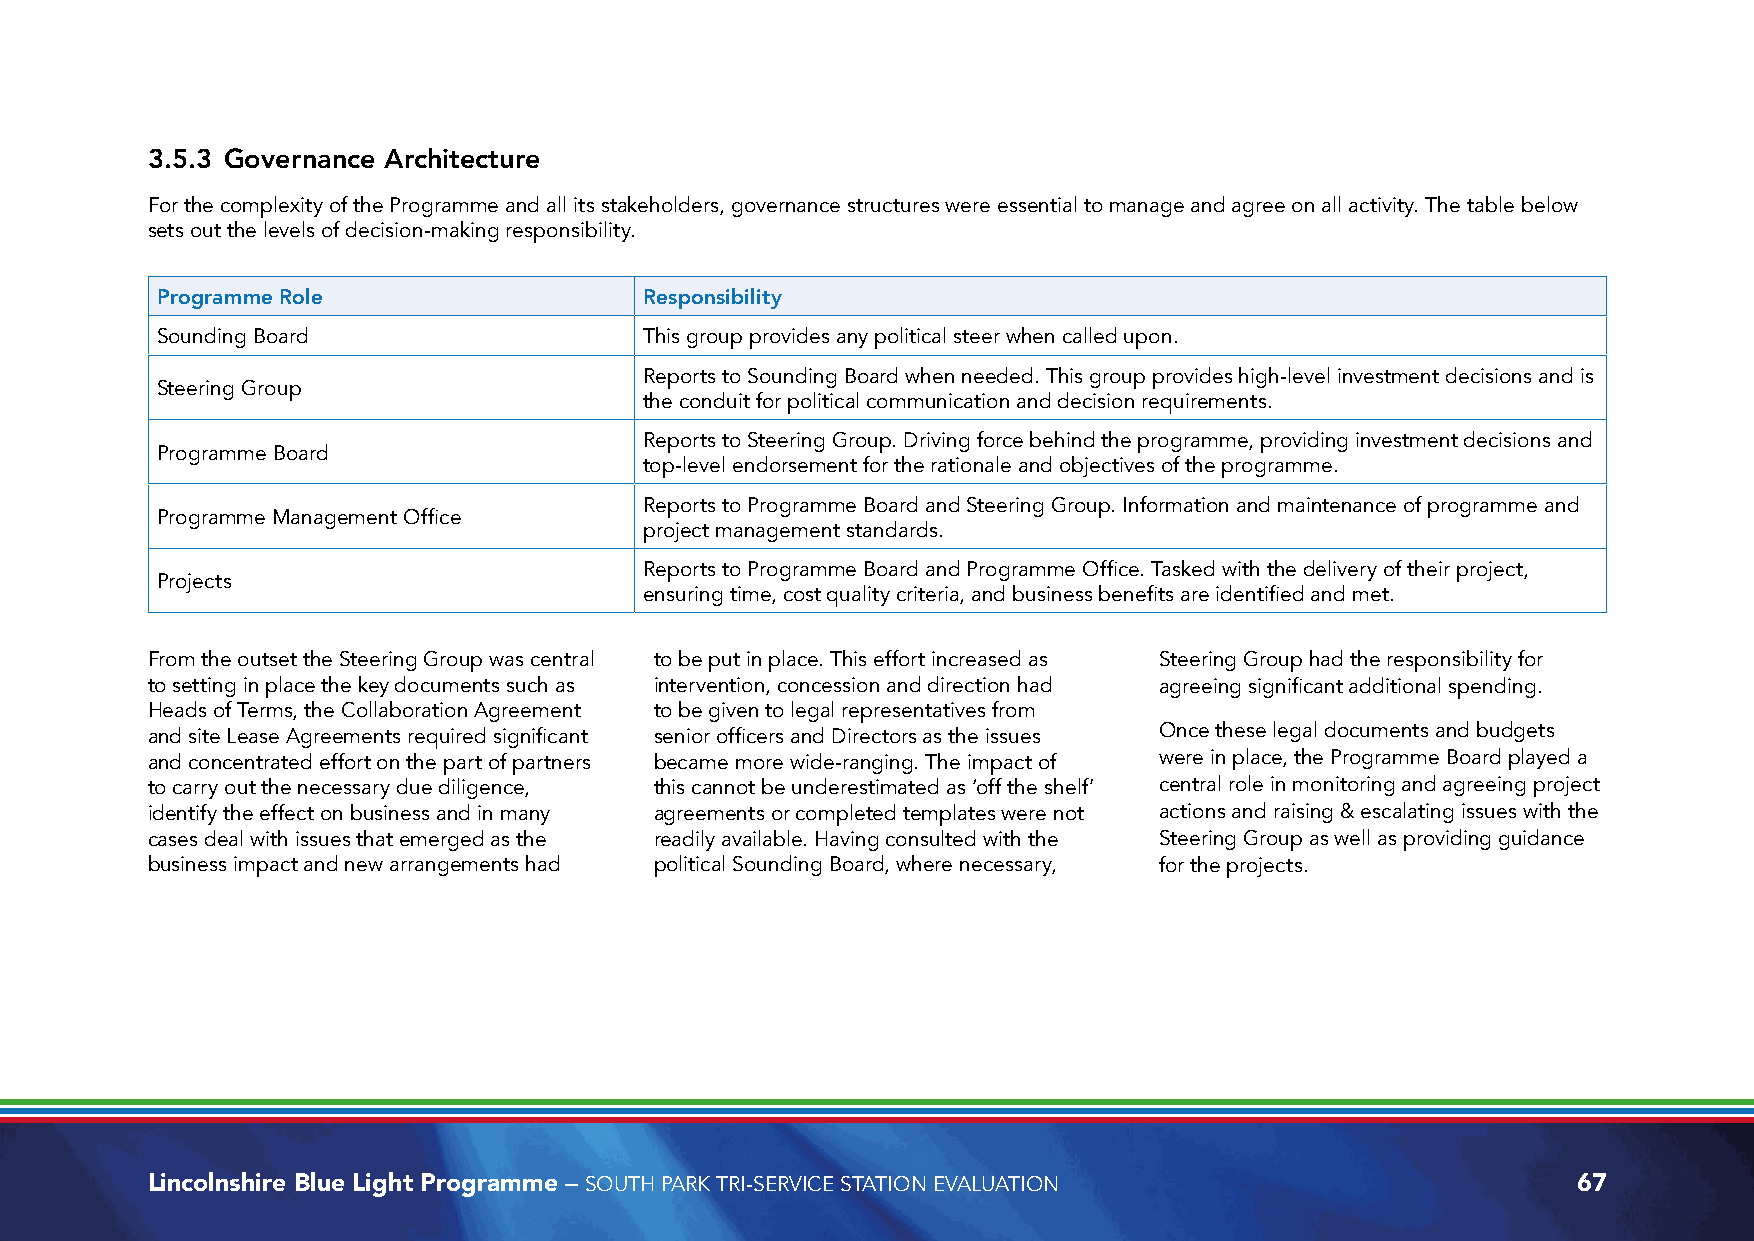
3.5.3 Governance Architecture
 For the complexity of the Programme and all its stakeholders, governance structures were essential to manage and agree on all activity. The table below
 sets out the levels of decision-making responsibility.
 Programme Role                   Responsibility
 Sounding Board                   This group provides any political steer when called upon.
 Reports to Sounding Board when needed. This group provides high-level investment decisions and is
 Steering Group
 the conduit for political communication and decision requirements.
 Reports to Steering Group. Driving force behind the programme, providing investment decisions and
 Programme Board
 top-level endorsement for the rationale and objectives of the programme.
 Reports to Programme Board and Steering Group. Information and maintenance of programme and
 Programme Management Office
 project management standards.
 Reports to Programme Board and Programme Office. Tasked with the delivery of their project,
 Projects
 ensuring time, cost quality criteria, and business benefits are identified and met.
 From the outset the Steering Group was central to be put in place. This effort increased as Steering Group had the responsibility for
 to setting in place the key documents such as intervention, concession and direction had agreeing significant additional spending.
 Heads of Terms, the Collaboration Agreement to be given to legal representatives from
 and site Lease Agreements required significant senior officers and Directors as the issues Once these legal documents and budgets
 and concentrated effort on the part of partners became more wide-ranging. The impact of were in place, the Programme Board played a
 to carry out the necessary due diligence, this cannot be underestimated as ‘off the shelf’ central role in monitoring and agreeing project
 identify the effect on business and in many agreements or completed templates were not actions and raising & escalating issues with the
 cases deal with issues that emerged as the readily available. Having consulted with the Steering Group as well as providing guidance
 business impact and new arrangements had political Sounding Board, where necessary, for the projects.
 Lincolnshire Blue Light Programme – SOUTH PARK TRI-SERVICE STATION EVALUATION                 67